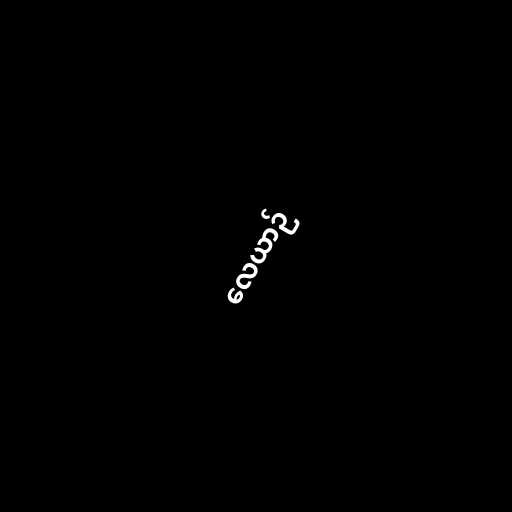
လေယာဉ်